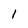
Character: 1